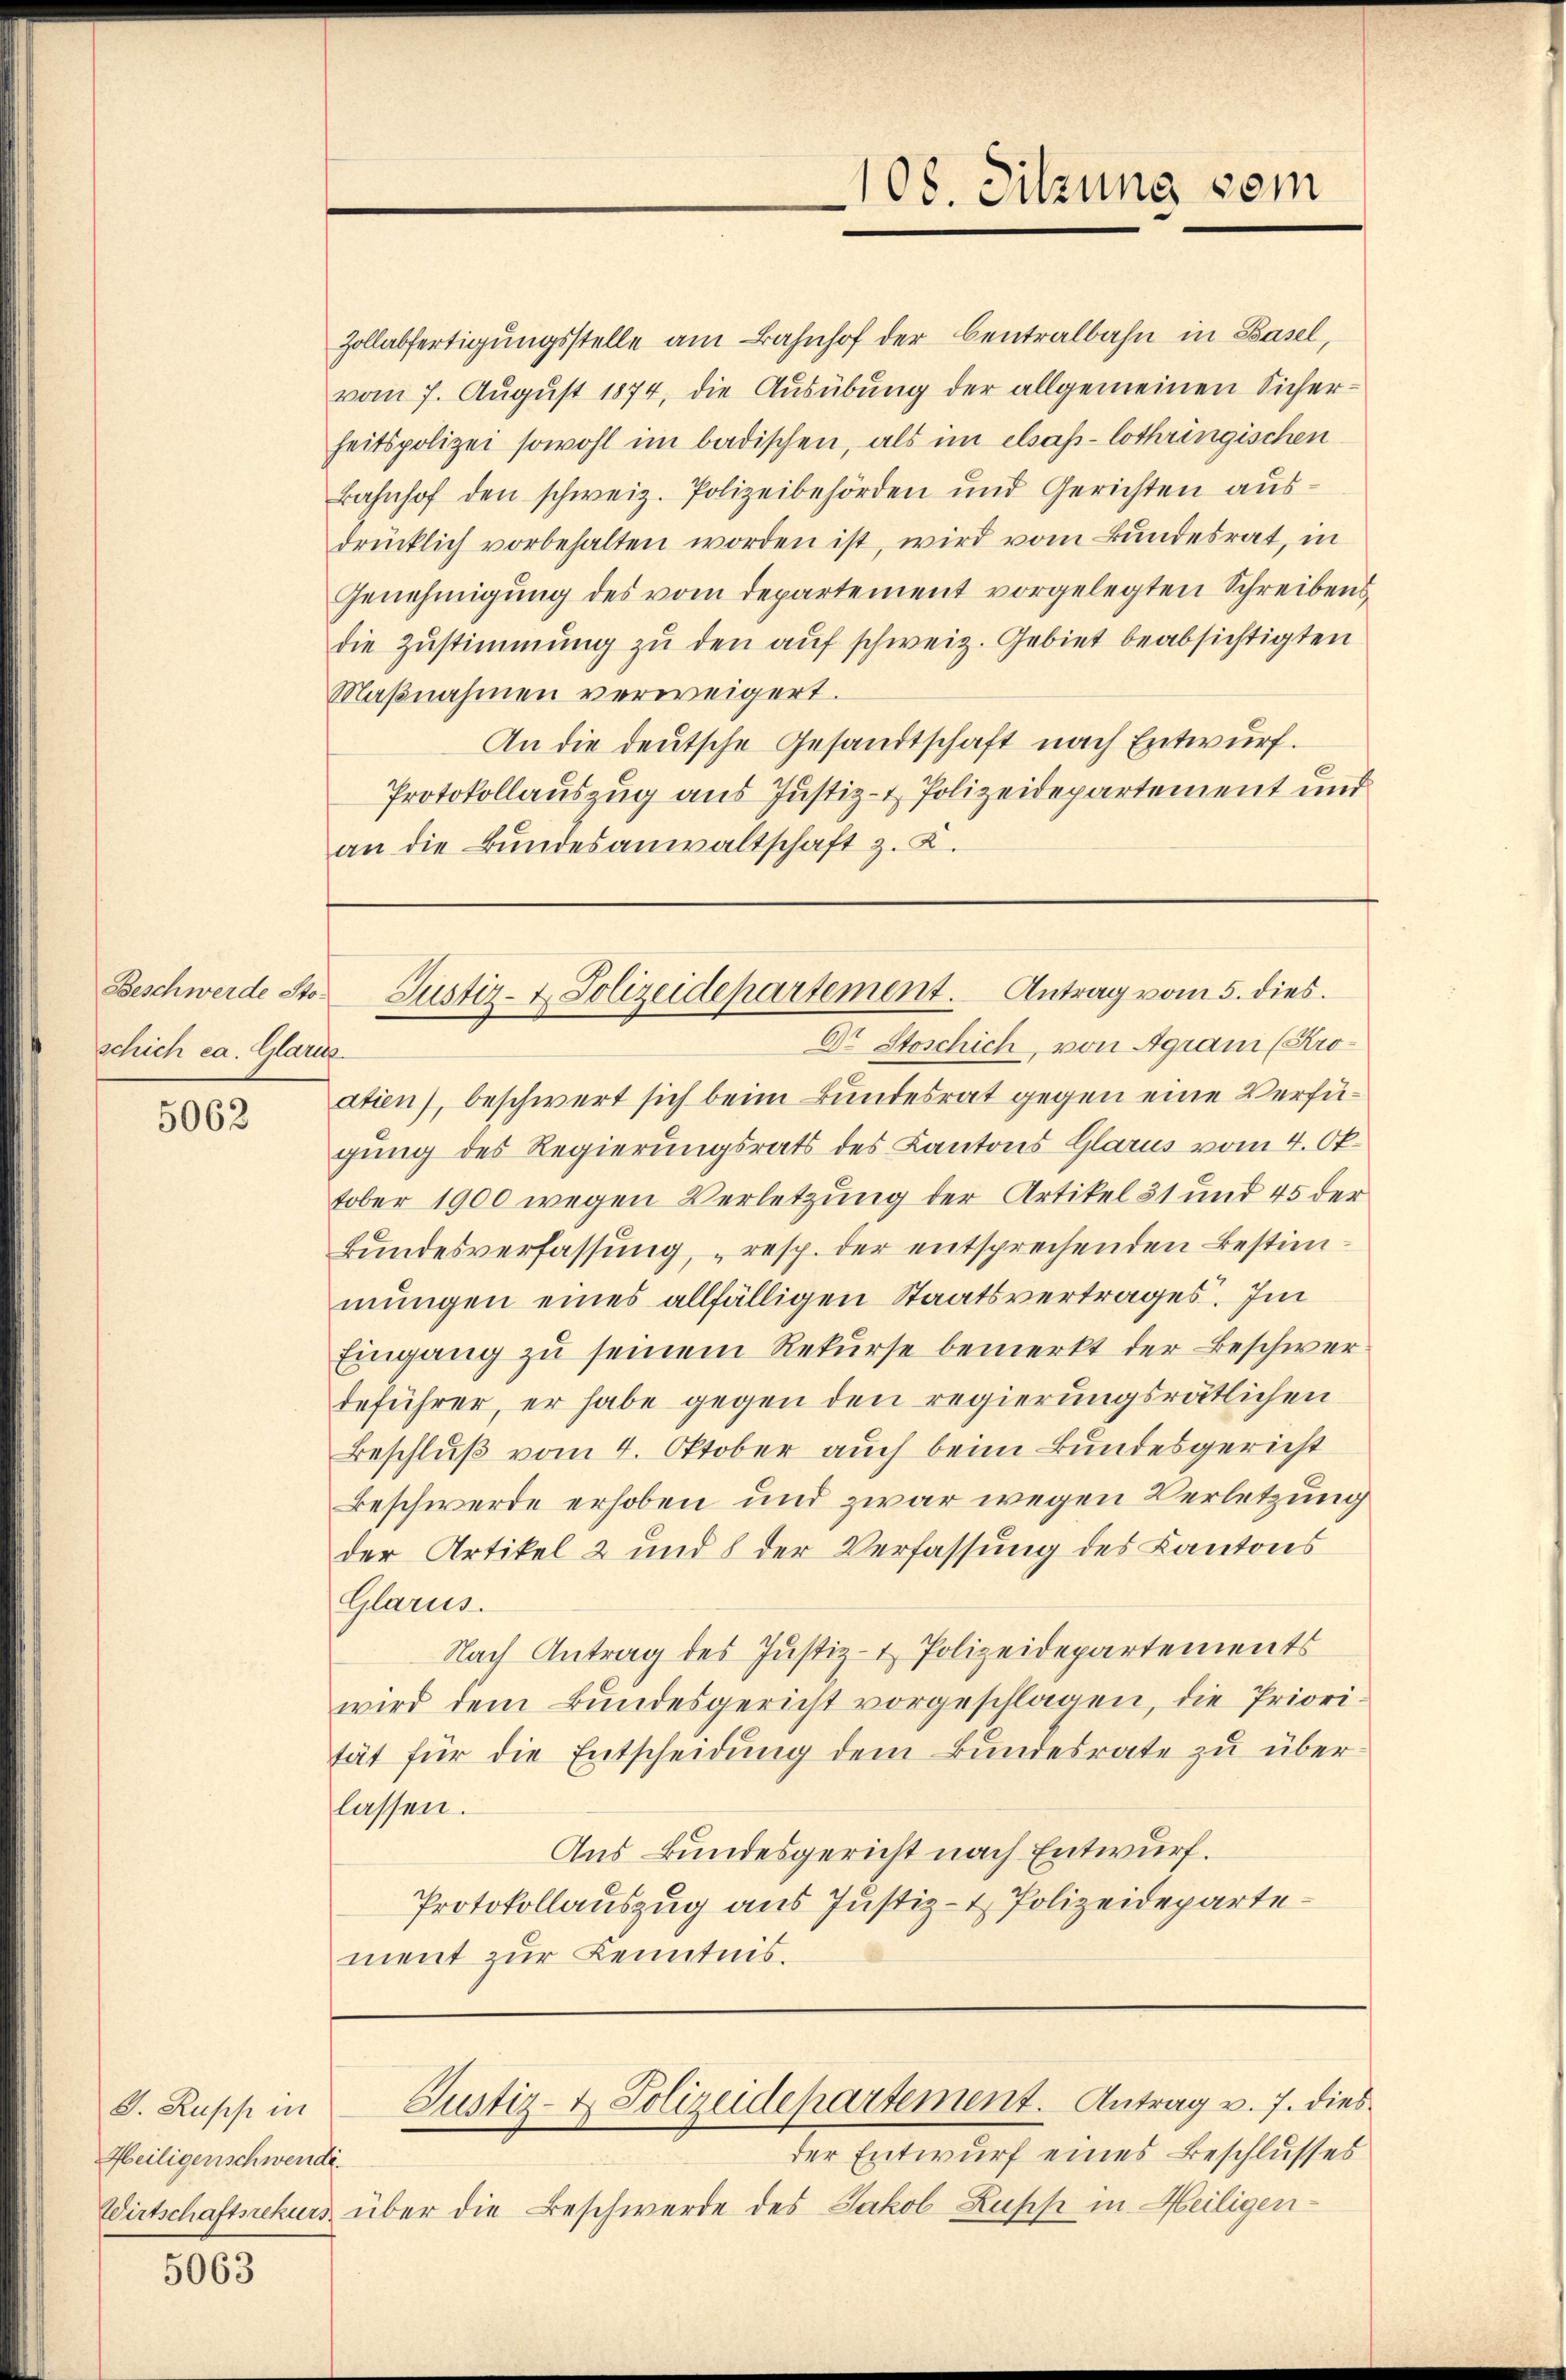
Beschwerde Stoschich ca. Glarus.

5062

G. Rupp in
Heiligenschwendi

5063

Zollabfertigungsstelle am Bahnhof der Centralbahn in Basel,
vom 7. August 1874, die Ausübung der allgemeinen Sicherheitspolizei sowohl im badischen, als im elsas-lothringischen
Bahnhof den schweiz. Polizeibehörden und Gerichten aŭs-
drücklich vorbehalten worden ist, wird vom Bundesrat, in
Genehmigŭng des vom Departement vorgelegten Schreibensdie Zustimmung zŭ den auf schweiz. Gebiet beabsichtigten
Maβnahmen verweigert.
An die deutsche Gesandtschaft nach Entwurf.
Protokollauszug aus Justiz- & Polizeidepartement und
an die Bundesanwaltschaft z. K.

108. Sitzung vom

Justiz- & Polizeidepartement. Antrag vom 5. dies.

Dr Stoschich, von Agrami (Kroatien), beschwert sich beim Bundesrat gegen eine Verfügung des Regierungsrats des Kantons Glarus vom 4. Oktober 1900 wegen Verletzung der Artikel 31 und 45 der
Bundesverfassung, resp. der entsprechenden Bestimmungen eines allfälligen Staatsvertrages. Im
Eingang zu seinem Rekurse bemerkt der Beschwerdeführer, er habe gegen den regierungsrätlichen
Beschluß vom 4. Oktober auch beim Bundesgericht
Beschwerde erhoben und zwar wegen Verletzung
der Artikel 2 und 8 der Verfassung des Kantons
Glarus.
Nach Antrag des Justiz- & Polizeidepartements
wird dem Bundesgericht vorgeschlagen, die Priorität für die Entscheidŭng dem Bŭndesrate zŭ über-
lassen.
Aus Bundesgericht nach Entwurf.
Protokollauszug aus Justiz- & Polizeidepartement zur Kenntnis.

der Entwurf eines Beschlusses
Wirtschaftsrekurs über die Beschwerde des Jakob Lupp in Heiligen¬

Justiz- & Polizeidepartement. Antrag v. 7. dies